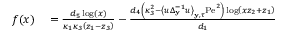
\begin{array} { r l } { f ( x ) } & { { } = \frac { d _ { 5 } \log ( x ) } { \kappa _ { 1 } \kappa _ { 3 } \left( z _ { 1 } - z _ { 3 } \right) } - \frac { d _ { 4 } \left( \kappa _ { 3 } ^ { 2 } - \left\langle u \Delta _ { \mathbf { y } } ^ { - 1 } u \right\rangle _ { \mathbf { y } , \tau } \mathrm { P e } ^ { 2 } \right) \log \left( x z _ { 2 } + z _ { 1 } \right) } { d _ { 1 } } } \end{array}